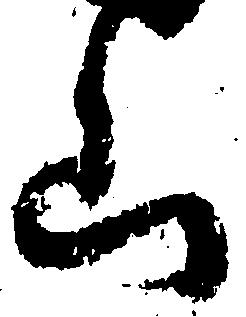
山